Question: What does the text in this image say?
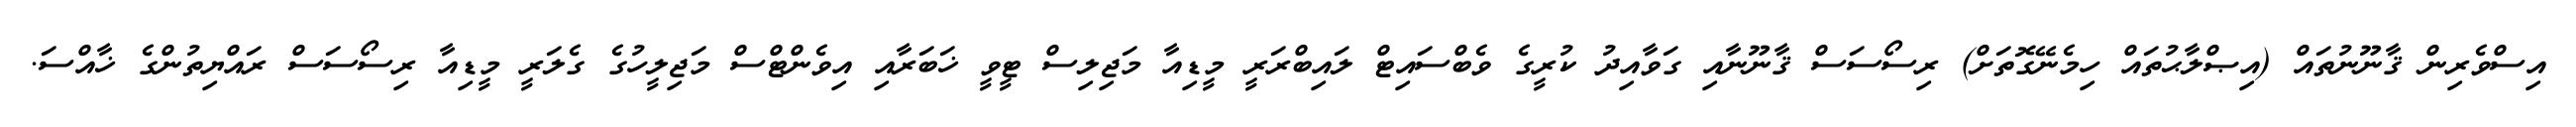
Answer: އިސްވެރިން ޤާނޫނުތައް (އިޞްލާޙުތައް ހިމެނޭގޮތަށް) ރިސޯސަސް ޤާނޫނާއި ގަވާއިދު ކުރީގެ ވެބްސައިޓް ލައިބްރަރީ މީޑިއާ މަޖިލިސް ޓީވީ ޚަބަރާއި އިވެންޓްސް މަޖިލީހުގެ ގެލަރީ މީޑިއާ ރިސޯސަސް ރައްޔިތުންގެ ޚާއްސަ.